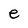
Character: e